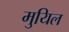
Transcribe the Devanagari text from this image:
मुयिल